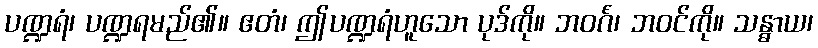
ပဏ္ဍရံ၊ ပဏ္ဍရမည်၏။ ဧတံ၊ ဤပဏ္ဍရံဟူသော ပုဒ်ကို။ ဘဝင်္ဂံ၊ ဘဝင်ကို။ သန္ဓာယ၊